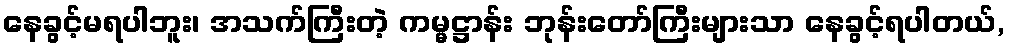
နေခွင့်မရပါဘူး၊ အသက်ကြီးတဲ့ ကမ္မဋ္ဌာန်း ဘုန်းတော်ကြီးများသာ နေခွင့်ရပါတယ်,